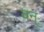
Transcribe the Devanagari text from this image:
वन्